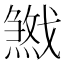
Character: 𢨓